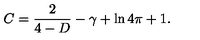
C = \frac { 2 } { 4 - D } - \gamma + \ln 4 \pi + 1 .